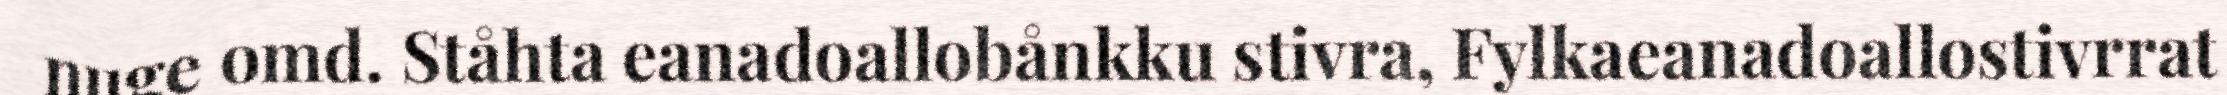
nuge omd. Ståhta eanadoallobånkku stivra, Fylkaeanadoallostivrrat